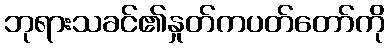
ဘုရားသခင်၏နှုတ်ကပတ်တော်ကို